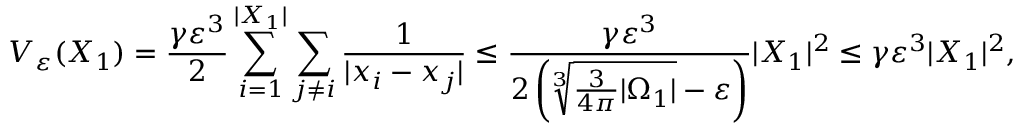
V _ { \varepsilon } ( X _ { 1 } ) = \frac { \gamma \varepsilon ^ { 3 } } { 2 } \sum _ { i = 1 } ^ { | X _ { 1 } | } \sum _ { j \neq i } \frac { 1 } { | x _ { i } - x _ { j } | } \leq \frac { \gamma \varepsilon ^ { 3 } } { 2 \left( \sqrt [ 3 ] { \frac { 3 } { 4 \pi } | \Omega _ { 1 } | } - \varepsilon \right) } | X _ { 1 } | ^ { 2 } \leq \gamma \varepsilon ^ { 3 } | X _ { 1 } | ^ { 2 } ,